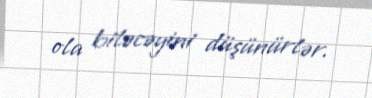
ola biləcəyini düşünürlər.